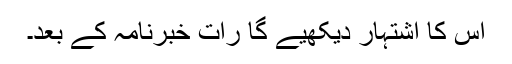
اس کا اشتہار دیکھیے گا رات خبرنامہ کے بعد۔